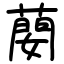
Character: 蔅